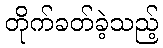
တိုက်ခတ်ခဲ့သည့်